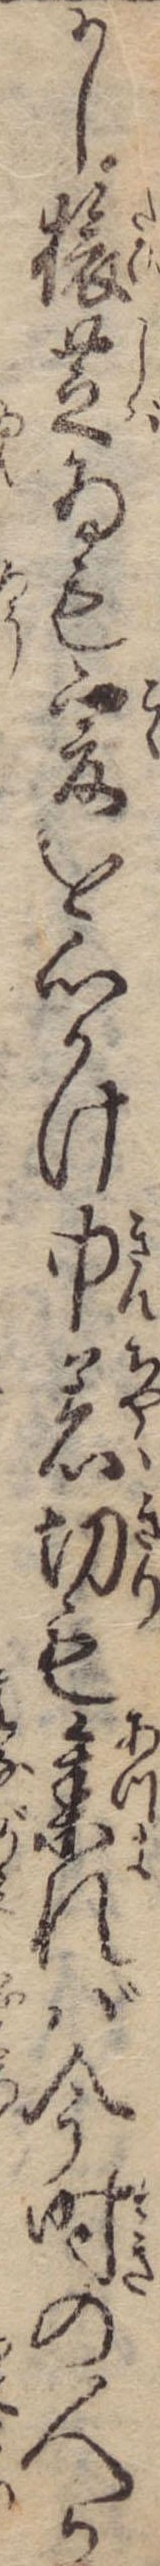
かし旅芝ゐも爰を心かけ巾着切も集れば今時の人か